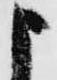
申